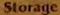
Storage